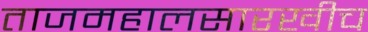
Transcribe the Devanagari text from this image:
ताजमहालसारखीच